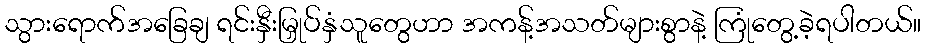
သွားရောက်အခြေချ ရင်းနှီးမြှုပ်နှံသူတွေဟာ အကန့်အသတ်များစွာနဲ့ ကြုံတွေ့ခဲ့ရပါတယ်။